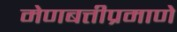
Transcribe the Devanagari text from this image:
मेणबत्तीप्रमाणे